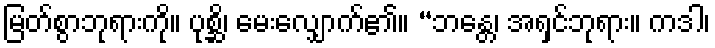
မြတ်စွာဘုရားကို။ ပုစ္ဆိ၊ မေးလျှောက်၏။ “ဘန္တေ၊ အရှင်ဘုရား။ ကဒါ၊